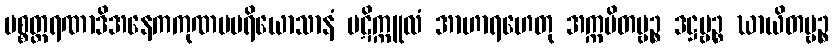
ပစ္စတ္ထရဏာဒိအနေကကုဏပပရိယောသာနံ ပဋိက္ကူလံ အာဟာရဟေတု အက္ကမိတဗ္ဗဉ္စ ဒဋ္ဌဗ္ဗဉ္စ ဃာယိတဗ္ဗဉ္စ